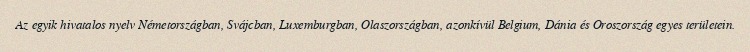
Az egyik hivatalos nyelv Németországban, Svájcban, Luxemburgban, Olaszországban, azonkívül Belgium, Dánia és Oroszország egyes területein.